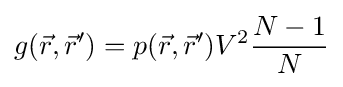
g({\vec {r}},{\vec {r}}')=p({\vec {r}},{\vec {r}}')V^{2}{\frac {N-1}{N}}